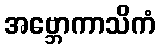
အဗ္ဘောကာသိကံ